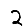
Digit: 2